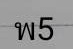
พ5